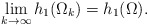
\begin{align*}\lim_{k\to\infty} h_1(\Omega_k)=h_1(\Omega).\end{align*}